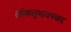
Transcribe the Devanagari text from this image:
लोकलुभावनवाद